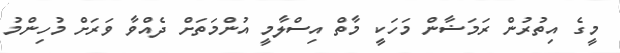
މީގެ އިތުރުން ރަމަޟާން މަހަކީ މާތް އިސްލާމީ އުންމަތަށް ދެއްވާ ވަރަށް މުހިންމު